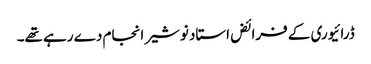
ڈرائیوری کے فرائض استاد نوشیر انجام دے رہے تھے۔